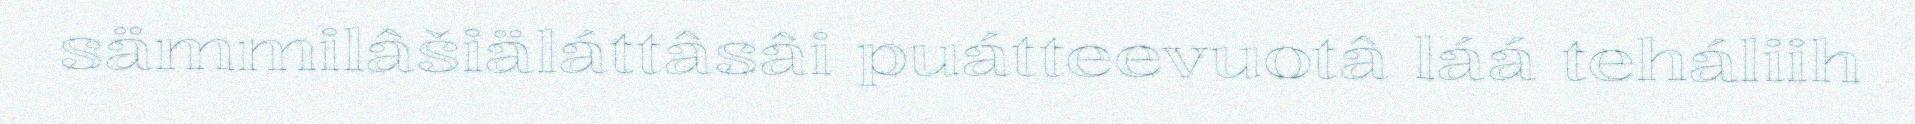
sämmilâšiäláttâsâi puátteevuotâ láá teháliih